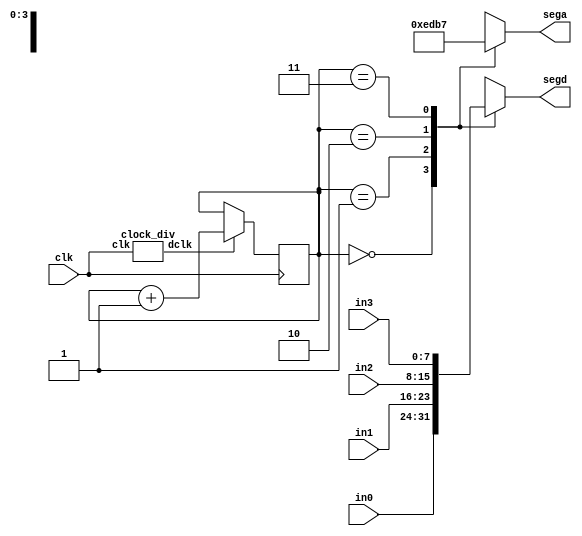
module seg_mux(clk, in3, in2, in1, in0, segd, sega);
    input clk;
    input [7:0] in3, in2, in1, in0;
    output reg [7:0] segd;
    output reg [3:0] sega;

    reg [1:0] cnt;

    wire dclk;
    clock_div cd(clk, dclk);

    always @(posedge clk) begin
        if (dclk) cnt <= cnt + 1'b1;
    end

    always @(*) begin
        case (cnt)
            2'd0: begin segd = in0; sega = 4'b1110; end
            2'd1: begin segd = in1; sega = 4'b1101; end
            2'd2: begin segd = in2; sega = 4'b1011; end
            2'd3: begin segd = in3; sega = 4'b0111; end
            default: begin segd = 8'b11111111; sega = 4'b1111; end
        endcase
    end
endmodule

module seg_map(in, seg);
    input [3:0] in;
    output reg [7:0] seg;

    always @(*) begin
        case (in)
            4'h0: seg = 8'b11000000;
            4'h1: seg = 8'b11111001;
            4'h2: seg = 8'b10100100;
            4'h3: seg = 8'b10110000;
            4'h4: seg = 8'b10011001;
            4'h5: seg = 8'b10010010;
            4'h6: seg = 8'b10000010;
            4'h7: seg = 8'b11111000;
            4'h8: seg = 8'b10000000;
            4'h9: seg = 8'b10010000;
            4'hA: seg = 8'b10001000;
            4'hb: seg = 8'b10000011;
            4'hC: seg = 8'b11000110;
            4'hd: seg = 8'b10100001;
            4'hE: seg = 8'b10000110;
            4'hF: seg = 8'b10001110;
        endcase
    end
endmodule

module clock_div(clk, dclk);
    input clk;
    output dclk;

    reg [17:0] cnt;

    always @(posedge clk) begin
        cnt <= cnt + 1'b1;
    end

    assign dclk = (~|(cnt));
endmodule